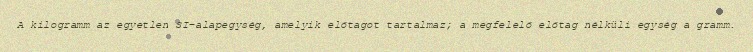
A kilogramm az egyetlen SI-alapegység, amelyik előtagot tartalmaz; a megfelelő előtag nélküli egység a gramm.